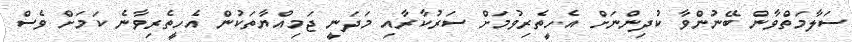
ސަލާމަތްވާން ބޭނުންވާ ކުދިންނަށް އެހީތެރިވުމަށް ސަރުކާރާއި މަދަނީ ޖަމިއްޔާތަކުން އެހީތެރިވާނެ ކަމަށް ވެސް